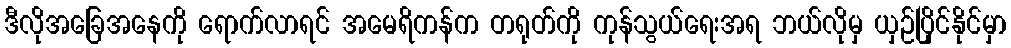
ဒီလိုအခြေအနေကို ရောက်လာရင် အမေရိကန်က တရုတ်ကို ကုန်သွယ်ရေးအရ ဘယ်လိုမှ ယှဉ်ပြိုင်နိုင်မှာ